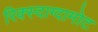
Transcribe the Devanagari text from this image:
रिक्स्दाग्दामोट